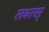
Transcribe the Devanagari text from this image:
लवल्स्